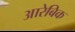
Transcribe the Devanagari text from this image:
आरेबिक